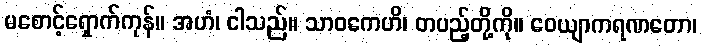
မစောင့်ရှောက်ကုန်။ အဟံ၊ ငါသည်။ သာဝကေဟိ၊ တပည့်တို့ကို။ ဝေယျာကရဏတော၊